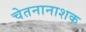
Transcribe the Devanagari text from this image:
चेतनानाशक